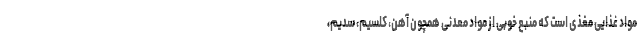
مواد غذایی مغذی است که منبع خوبی از مواد معدنی همچون آهن، کلسیم، سدیم،